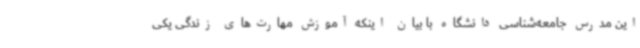
این مدرس جامعه‌شناسی دانشگاه با بیان اینکه آموزش مهارت‌های زندگی یکی